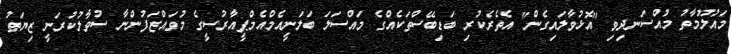
މައުލޫމާތު މުއްސަނދިވި "އޮޅުވާލައިގެން" އެތެރެކުރި ބަޑިބޭސްތަކެއްގެ މައްސަލަ ބަލަނީއެމްއެމްޕީއާރުސީގެ މުވައްޒަފުންނާ ސުވާލުކުރަނީ ޒިޔަތު